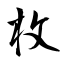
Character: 枚